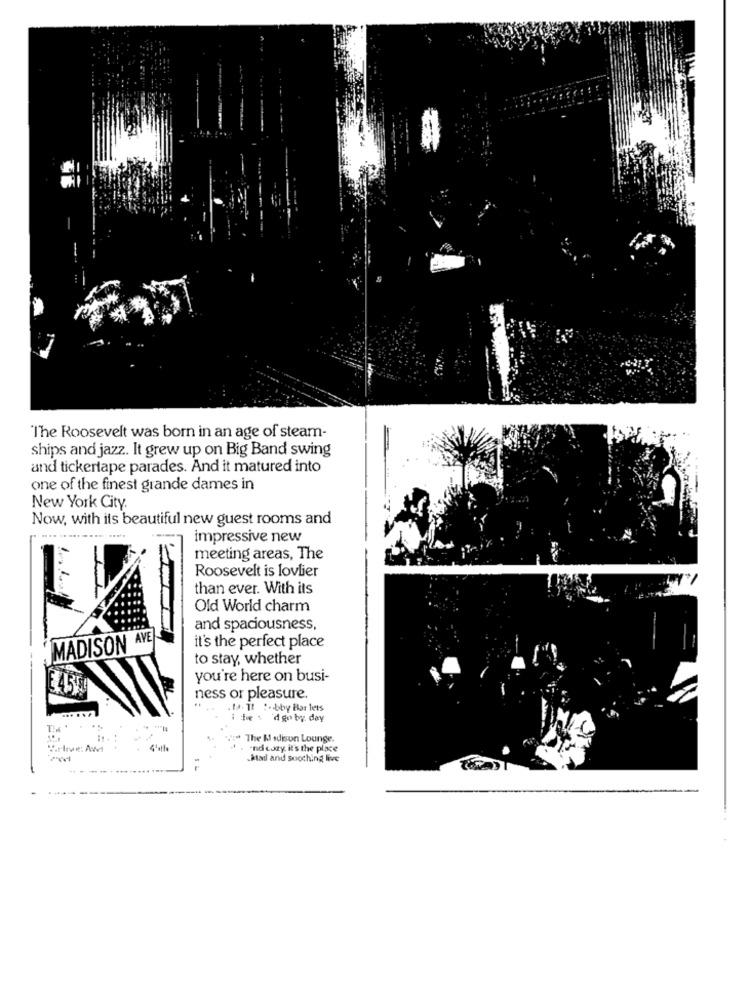
The Roosevelt was born in an age of steam-
ships and jazz. It grew up on Big Band swing
and tickertape parades. And it matured into
one of the finest grande dames in
New York City.
Now, with its beautiful new guest rooms and
impressive new
meeting areas, The
Roosevelt is lovlier
than ever. With its
Old World charm
and spaciousness,
AVE
it's the perfect place
MADISON
to stay, whether
you're here on busi-
E 45
ness or pleasure.
.. . 14. Il :- bby Bar lets
1 fe : 'dgoby day
The Madison Lounge.
S.rlivet Awt
"nd cozy, it's the place
Mail and soothing live
---